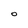
Character: O